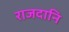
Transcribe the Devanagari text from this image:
राजदानि